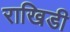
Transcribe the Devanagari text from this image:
राखिडी